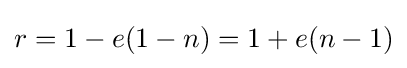
r=1-e(1-n)=1+e(n-1)